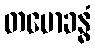
တမောခန္ဓံ